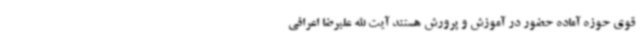
قوی حوزه آماده حضور در آموزش و پرورش هستند آیت الله علیرضا اعرافی